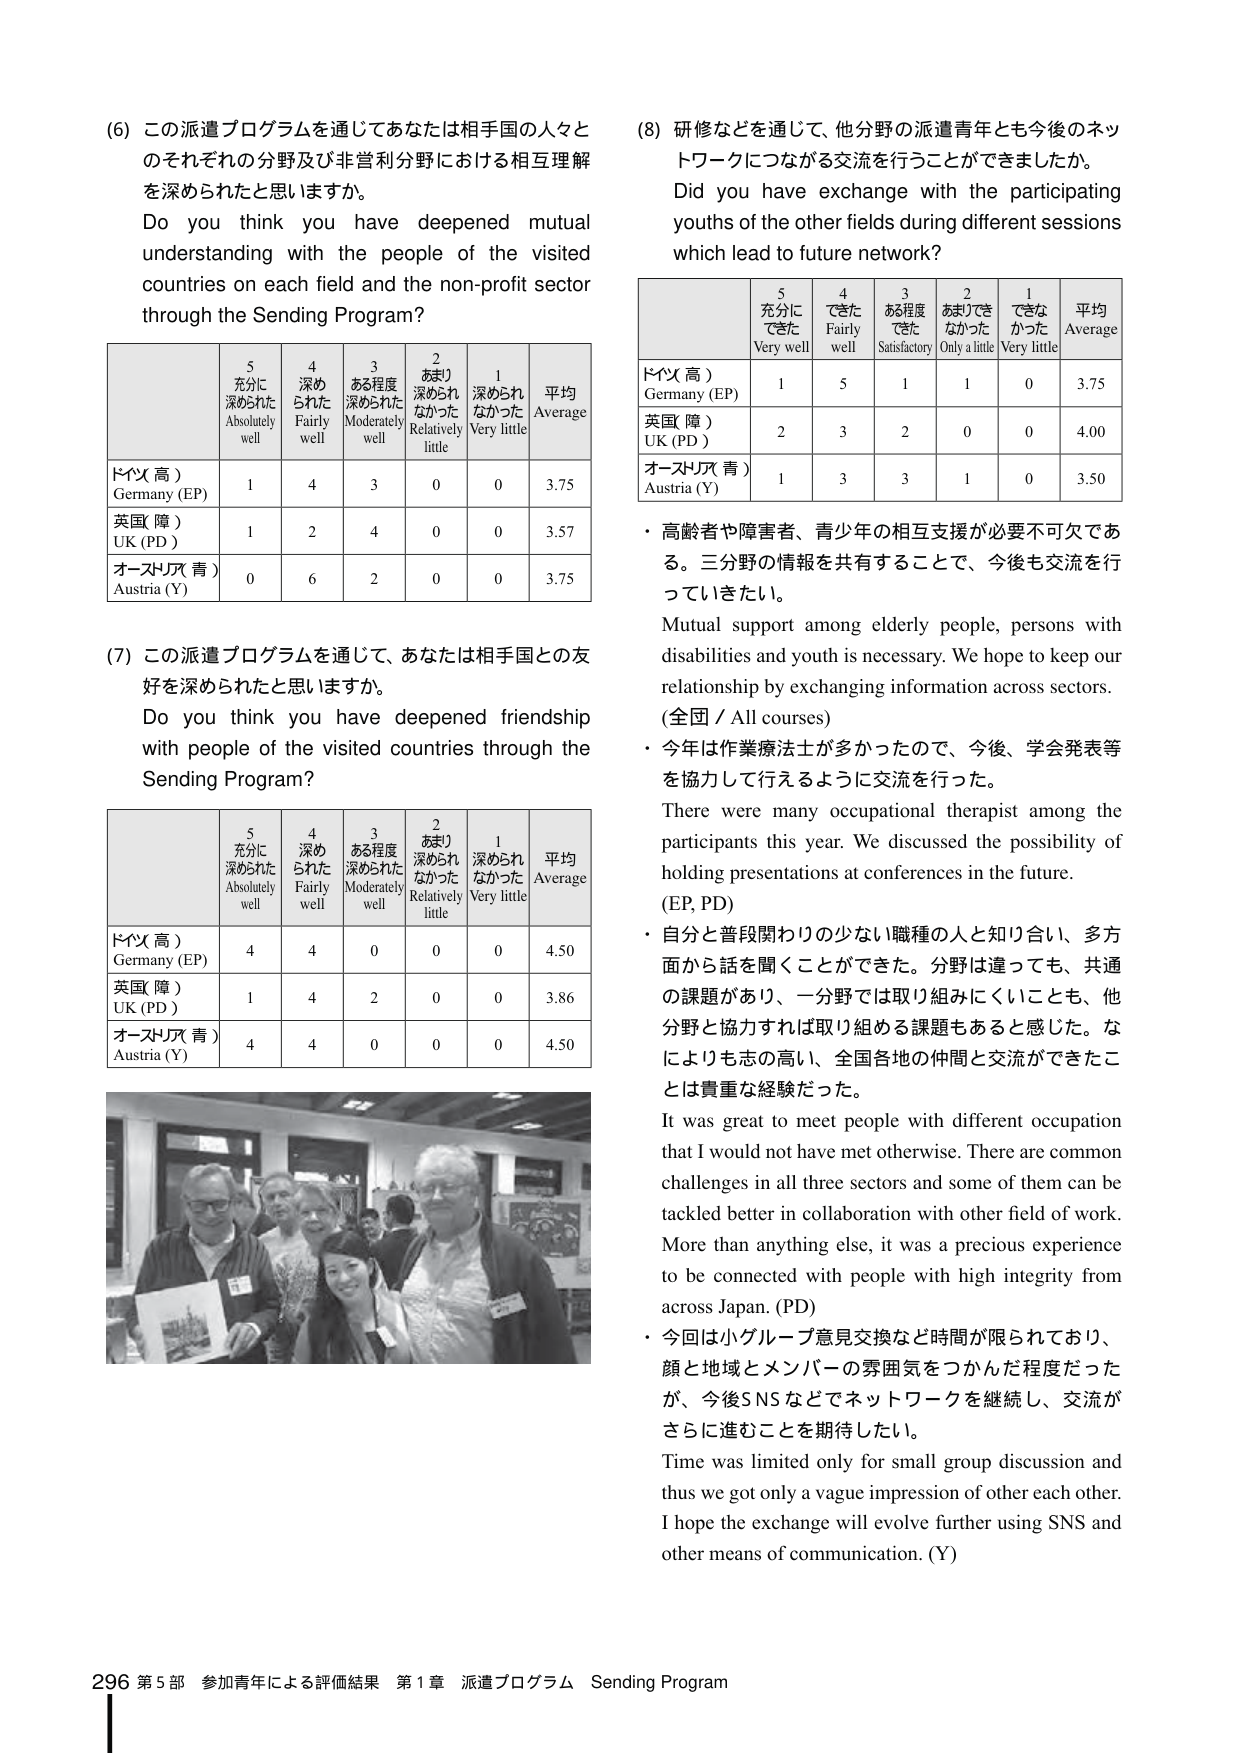
(6) この派遣プログラムを通じてあなたは相手国の人々とのそれぞれの分野及び非営利分野における相互理解を深められたと思いますか。
Do you think you have deepened mutual understanding with the people of the visited countries on each field and the non-profit sector through the Sending Program?

| | 5 充分に深められた Absolutely well | 4 深められた Fairly well | 3 ある程度深められた Moderately well | 2 あまり深められなかった Relatively little | 1 深められなかった Very little | 平均 Average |
|---|---|---|---|---|---|---|
| ドイツ（高） Germany (EP) | 1 | 4 | 3 | 0 | 0 | 3.75 |
| 英国（障） UK (PD) | 1 | 2 | 4 | 0 | 0 | 3.57 |
| オーストリア（青） Austria (Y) | 0 | 6 | 2 | 0 | 0 | 3.75 |

(7) この派遣プログラムを通じて、あなたは相手国との友好を深められたと思いますか。
Do you think you have deepened friendship with people of the visited countries through the Sending Program?

| | 5 充分に深められた Absolutely well | 4 深められた Fairly well | 3 ある程度深められた Moderately well | 2 あまり深められなかった Relatively little | 1 深められなかった Very little | 平均 Average |
|---|---|---|---|---|---|---|
| ドイツ（高） Germany (EP) | 4 | 4 | 0 | 0 | 0 | 4.50 |
| 英国（障） UK (PD) | 1 | 4 | 2 | 0 | 0 | 3.86 |
| オーストリア（青） Austria (Y) | 4 | 4 | 0 | 0 | 0 | 4.50 |

(8) 研修などを通じて、他分野の派遣青年とも今後のネットワークにつながる交流を行うことができましたか。
Did you have exchange with the participating youths of the other fields during different sessions which lead to future network?

| | 5 充分にできた Very well | 4 できた Fairly well | 3 ある程度できた Satisfactory | 2 あまりできなかった Only a little | 1 できなかった Very little | 平均 Average |
|---|---|---|---|---|---|---|
| ドイツ（高） Germany (EP) | 1 | 5 | 1 | 1 | 0 | 3.75 |
| 英国（障） UK (PD) | 2 | 3 | 2 | 0 | 0 | 4.00 |
| オーストリア（青） Austria (Y) | 1 | 3 | 3 | 1 | 0 | 3.50 |

・高齢者や障害者、青少年の相互支援が必要不可欠である。三分野の情報を共有することで、今後も交流を行っていきたい。
Mutual support among elderly people, persons with disabilities and youth is necessary. We hope to keep our relationship by exchanging information across sectors. (全国 / All courses)

・今年は作業療法士が多かったので、今後、学会発表等を協力して行えるように交流を行った。
There were many occupational therapist among the participants this year. We discussed the possibility of holding presentations at conferences in the future. (EP, PD)

・自分と普段関わりの少ない職種の人と知り合い、多方面から話を聞くことができた。分野は違っても、共通の課題があり、一分野では取り組みにくいことも、他分野と協力すれば取り組める課題もあると感じた。なによりも志の高い、全国各地の仲間と交流できたことは貴重な経験だった。
It was great to meet people with different occupation that I would not have met otherwise. There are common challenges in all three sectors and some of them can be tackled better in collaboration with other field of work. More than anything else, it was a precious experience to be connected with people with high integrity from across Japan. (PD)

・今回は小グループ意見交換など時間が限られており、顔と地域とメンバーの雰囲気をつかんだ程度だったが、今後SNSなどでネットワークを継続し、交流がさらに進むことを期待したい。
Time was limited only for small group discussion and thus we got only a vague impression of other each other. I hope the exchange will evolve further using SNS and other means of communication. (Y)

296 第5部 参加青年による評価結果 第1章 派遣プログラム Sending Program